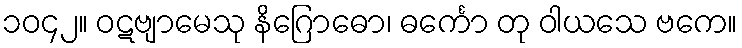
၁၀၄၂။ ဝဋဗျာမေသု နိဂြောဓော၊ ဓင်္ကော တု ဝါယသေ ဗကေ။